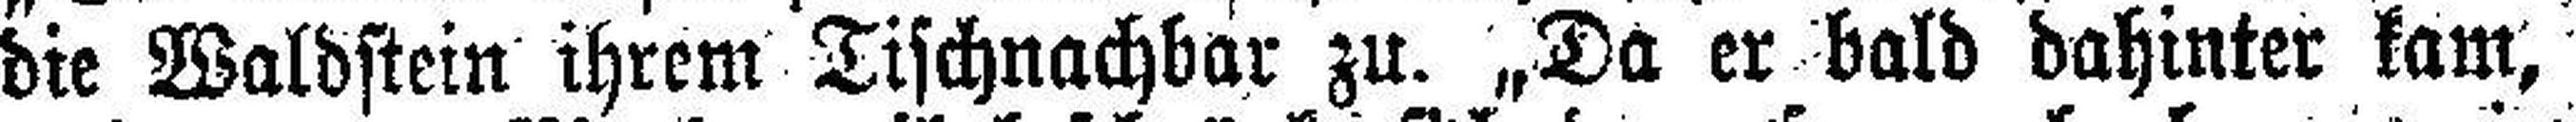
die Waldstein ihrem Tischnachbar zu. „Da er bald dahinter kam,